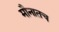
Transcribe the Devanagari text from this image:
मौनातच